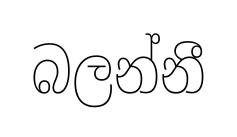
බලන්නී